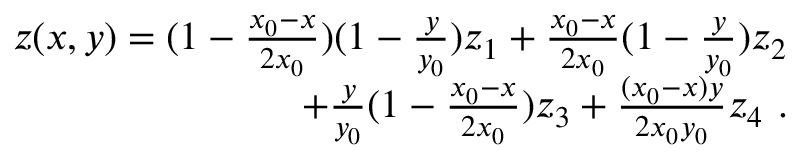
\begin{array} { r } { z ( x , y ) = ( 1 - \frac { x _ { 0 } - x } { 2 x _ { 0 } } ) ( 1 - \frac { y } { y _ { 0 } } ) z _ { 1 } + \frac { x _ { 0 } - x } { 2 x _ { 0 } } ( 1 - \frac { y } { y _ { 0 } } ) z _ { 2 } } \\ { + \frac { y } { y _ { 0 } } ( 1 - \frac { x _ { 0 } - x } { 2 x _ { 0 } } ) z _ { 3 } + \frac { ( x _ { 0 } - x ) y } { 2 x _ { 0 } y _ { 0 } } z _ { 4 } \ . } \end{array}